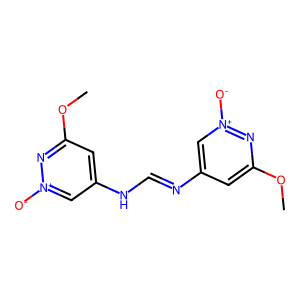
SMILES: COc1cc(N=CNc2cc(OC)n[n+]([O-])c2)c[n+]([O-])n1
Inhibits HIV replication: No